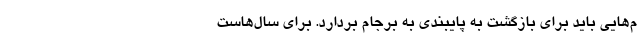
م‌هایی باید برای بازگشت به پایبندی به برجام بردارد. برای سال‌هاست